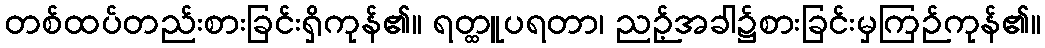
တစ်ထပ်တည်းစားခြင်းရှိကုန်၏။ ရတ္ထူပရတာ၊ ညဉ့်အခါ၌စားခြင်းမှကြဉ်ကုန်၏။